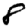
Digit: 8